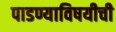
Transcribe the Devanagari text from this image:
पाडण्याविषयीची